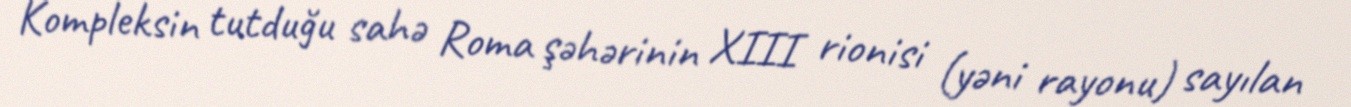
Kompleksin tutduğu sahə Roma şəhərinin XIII rionisi (yəni rayonu) sayılan